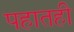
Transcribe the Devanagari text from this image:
पहातही